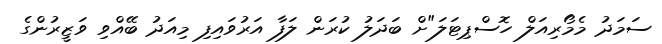
ސަމަދު މެމޯރިއަލް ހޮސްޕިޓަލަ"ށް ބަދަލު ކުރަން ލަފާ އަރުވައިފި މިއަދު ބޭއްވި ވަޒީރުންގެ